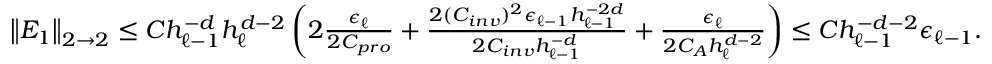
\begin{array} { r } { \left\| E _ { 1 } \right\| _ { 2 \to 2 } \le C h _ { \ell - 1 } ^ { - d } h _ { \ell } ^ { d - 2 } \left( 2 \frac { \epsilon _ { \ell } } { 2 C _ { p r o } } + \frac { 2 ( C _ { i n v } ) ^ { 2 } \epsilon _ { \ell - 1 } h _ { \ell - 1 } ^ { - 2 d } } { 2 C _ { i n v } h _ { \ell - 1 } ^ { - d } } + \frac { \epsilon _ { \ell } } { 2 C _ { A } h _ { \ell } ^ { d - 2 } } \right) \le C h _ { \ell - 1 } ^ { - d - 2 } \epsilon _ { \ell - 1 } . } \end{array}